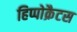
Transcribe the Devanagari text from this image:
हिप्पोक्रैटस